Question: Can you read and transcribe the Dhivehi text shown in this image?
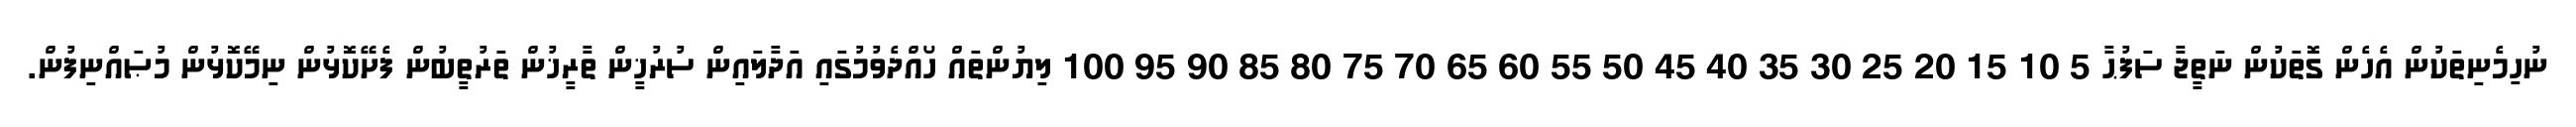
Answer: ނުހިމެނިތަކުން އެހެން ގޮތަކުން ނަތީޖާ ސަފުޙާ 5 10 15 20 25 30 35 40 45 50 55 60 65 70 75 80 85 90 95 100 ލިޔުންތައް ހޯއްދެވުމުގައި އަދާލައިން ސުރުޚީން ތާރީޚުން ތަރުތީބުން ފެށޭކޮޅުން ނިމޭކޮޅުން މުޞައްނިފުން.